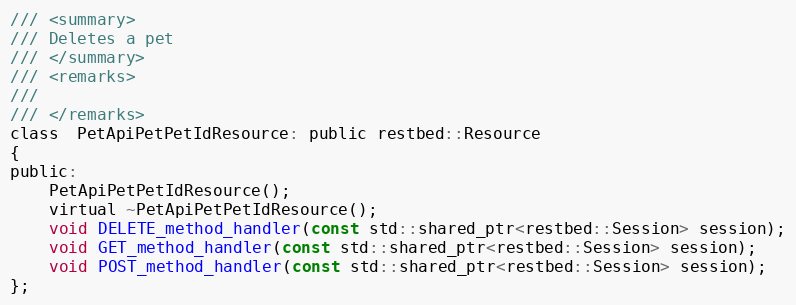
Language: C
/// <summary>
/// Deletes a pet
/// </summary>
/// <remarks>
///
/// </remarks>
class  PetApiPetPetIdResource: public restbed::Resource
{
public:
	PetApiPetPetIdResource();
    virtual ~PetApiPetPetIdResource();
    void DELETE_method_handler(const std::shared_ptr<restbed::Session> session);
    void GET_method_handler(const std::shared_ptr<restbed::Session> session);
    void POST_method_handler(const std::shared_ptr<restbed::Session> session);
};